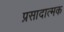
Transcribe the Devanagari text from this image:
प्रसादात्मक